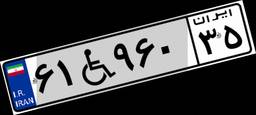
۶۱W۹۶۰۳۵